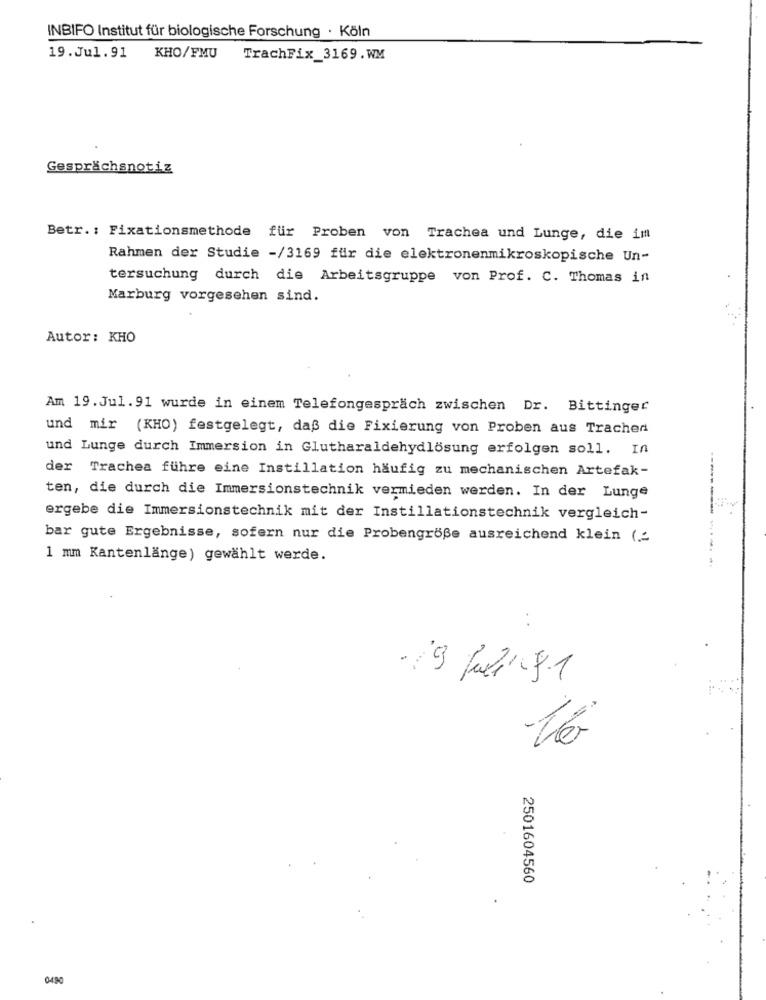
INBIFO Institut für biologische Forschung · Köln
19.Jul.91
KHO/FMU
TrachFix_3169.WM
Gesprächsnotiz
Betr .: Fixationsmethode für Proben von Trachea und Lunge, die im
Rahmen der Studie -/3169 für die elektronenmikroskopische Un-
tersuchung durch die Arbeitsgruppe von Prof. C. Thomas in
Marburg vorgesehen sind.
Autor: KHO
Am 19. Jul. 91 wurde in einem Telefongespräch zwischen Dr. Bittinger
und mir (KHO) festgelegt, daß die Fixierung von Proben aus Trachen
und Lunge durch Immersion in Glutharaldehydlösung erfolgen soll. In
der Trachea führe eine Instillation häufig zu mechanischen Artefak-
ten, die durch die Immersionstechnik vermieden werden. In der Lunge
ergebe die Immersionstechnik mit der Instillationstechnik vergleich-
bar gute Ergebnisse, sofern nur die Probengröße ausreichend klein ( __
1 mm Kantenlänge) gewählt werde.
..
-19 Juli 91
2501604560
0490